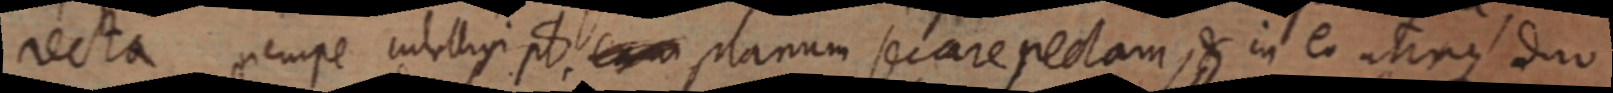
recta nempe intelligi pt cum planum secare rectam, & in eo utrinque duo